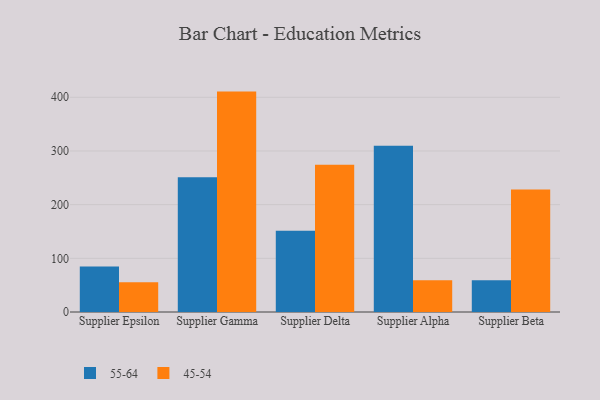
{"axis": {"x": "Supplier", "y": "Temperature (°C)"}, "legend": ["45-54", "55-64"], "data": [{"x": "Supplier Epsilon", "y": 84.6, "type": "55-64"}, {"x": "Supplier Epsilon", "y": 55.3, "type": "45-54"}, {"x": "Supplier Gamma", "y": 250.9, "type": "55-64"}, {"x": "Supplier Gamma", "y": 410.6, "type": "45-54"}, {"x": "Supplier Delta", "y": 151.4, "type": "55-64"}, {"x": "Supplier Delta", "y": 274.5, "type": "45-54"}, {"x": "Supplier Alpha", "y": 309.8, "type": "55-64"}, {"x": "Supplier Alpha", "y": 59.3, "type": "45-54"}, {"x": "Supplier Beta", "y": 59.2, "type": "55-64"}, {"x": "Supplier Beta", "y": 228.4, "type": "45-54"}]}